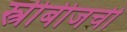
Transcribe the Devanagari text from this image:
स्त्रीबीजची